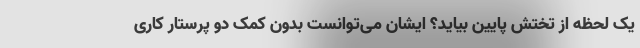
یک لحظه از تختش پایین بیاید؟ ایشان می‌توانست بدون کمک دو پرستار کاری